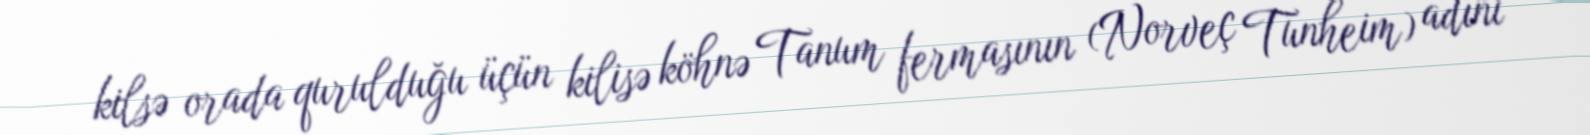
kilsə orada qurulduğu üçün kilisə köhnə Tanum fermasının (Norveç Tunheim) adını